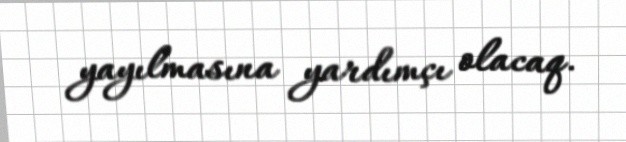
yayılmasına yardımçı olacaq.